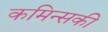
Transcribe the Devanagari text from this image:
कमिन्सकी